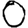
Digit: 0